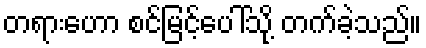
တရားဟော စင်မြင့်ပေါ်သို့ တက်ခဲ့သည်။